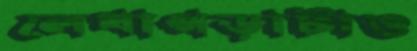
লেখাপড়াটাও